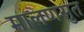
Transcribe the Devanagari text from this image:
मालणसुत